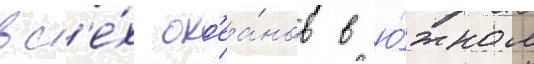
вс'е́х ок'еа́нов в ю́жном